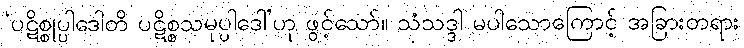
‘ပဋိစ္စုပ္ပါဒေါတိ ပဋိစ္စသမုပ္ပါဒေါ’ဟု ဖွင့်သော်။ သံသဒ္ဒါ မပါသောကြောင့် အခြားတရား